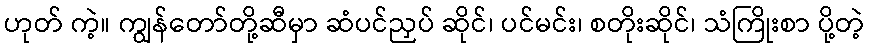
ဟုတ် ကဲ့။ ကျွန်တော်တို့ဆီမှာ ဆံပင်ညှပ် ဆိုင်၊ ပင်မင်း၊ စတိုးဆိုင်၊ သံကြိုးစာ ပို့တဲ့